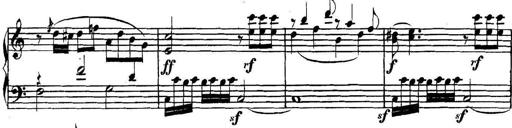
Title: Collected Piano Sonatas
Composer: Muzio Clementi